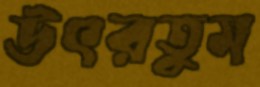
উৎরতুম